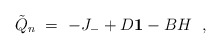
\begin{align*}\tilde{Q} _n \ =\ -J_{-} + D {\bf 1} - B H\ \ ,\end{align*}